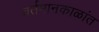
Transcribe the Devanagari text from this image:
वर्तमानकाळांत